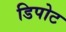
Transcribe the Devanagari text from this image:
डिपोट